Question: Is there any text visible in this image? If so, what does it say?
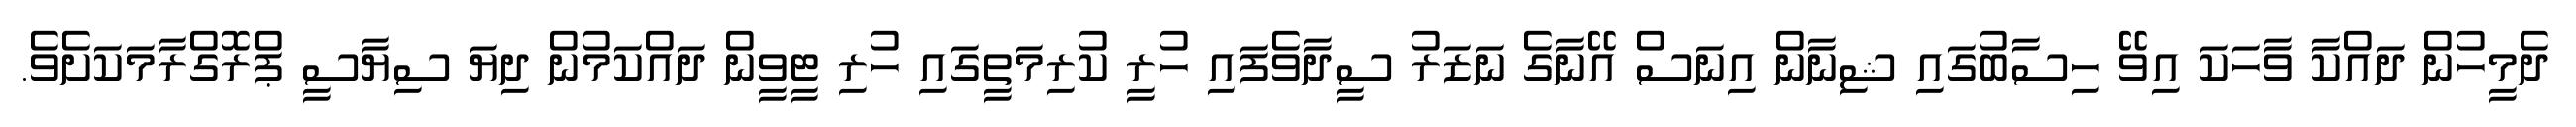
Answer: ދެމީހުން ދައްކާ ވާހަކަ އިވޭ ހިސާބުގައި ޝިނާން އިނަސް އޭނާގެ ނަޒަރު ސީދާވެފައި ހުރީ ކުރިމަތީގައި ހުރި ޓީވީން ދައްކަމުން ދިޔަ ސިޔާސީ ޕްރޮގްރާމަކަށެވެ.